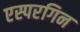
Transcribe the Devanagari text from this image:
एस्परगिन